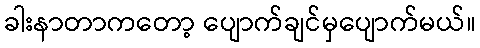
ခါးနာတာကတော့ ပျောက်ချင်မှပျောက်မယ်။